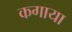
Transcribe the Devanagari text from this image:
कगाया